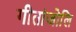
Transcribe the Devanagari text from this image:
गीतांजोलि